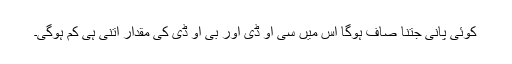
کوئی پانی جتنا صاف ہوگا اس میں سی او ڈی اور بی او ڈی کی مقدار اتنی ہی کم ہوگی۔